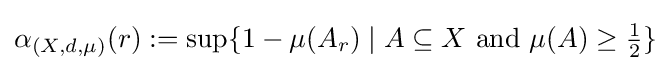
\alpha _{(X,d,\mu )}(r):=\sup\{1-\mu (A_{r})\mid A\subseteq X{\text{ and }}\mu (A)\geq {\tfrac {1}{2}}\}